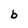
Character: b